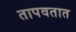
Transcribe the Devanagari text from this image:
तापवतात